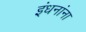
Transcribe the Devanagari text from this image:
इंधनांना